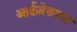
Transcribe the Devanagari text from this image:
आईज़ेकसन